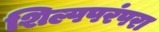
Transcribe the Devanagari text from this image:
शिल्पपरंपरा